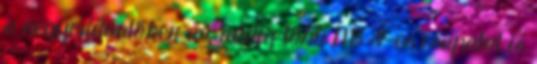
a negyeddöntőben az addig több NB I-es csapatot is